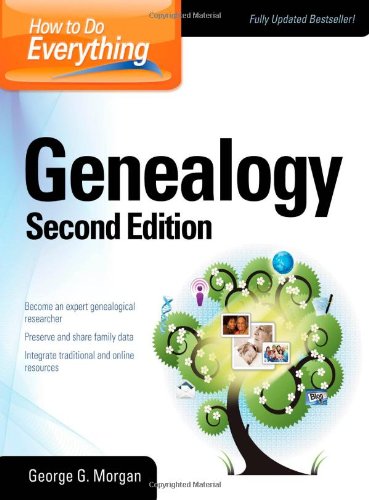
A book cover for How to Do Everything Genealogy; George G. Morgan; Computers & Technology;